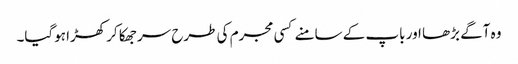
وہ آگے بڑھا اور باپ کے سامنے کسی مجرم کی طرح سر جھکا کر کھڑا ہوگیا۔